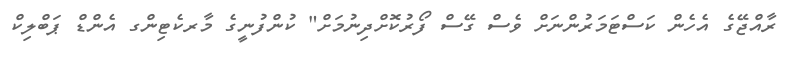
ރާއްޖޭގެ އެހެން ކަސްޓަމަރުންނަށް ވެސް ގޭސް ފޯރުކޮށްދިނުމަށް" ކުންފުނީގެ މާރކެޓިންގ އެންޑް ޕަބްލިކް